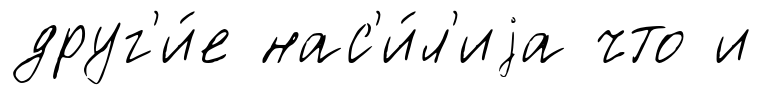
друг'и́е нас'и́л'иjа что и